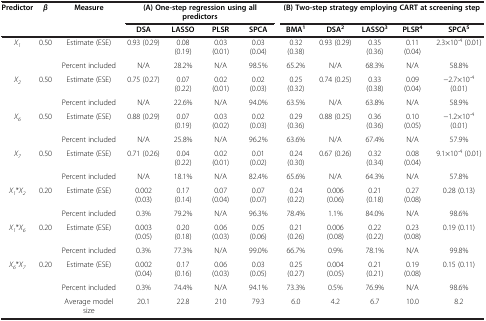
<table><thead><tr><td rowspan="2"><b>Predictor</b></td><td rowspan="2"><b><i>β</i></b></td><td rowspan="2"><b>Measure</b></td><td colspan="4"><b>(A) One-step regression using all predictors</b></td><td colspan="5"><b>(B) Two-step strategy employing CART at screeningstep</b></td></tr><tr><td><b>DSA</b></td><td><b>LASSO</b></td><td><b>PLSR</b></td><td><b>SPCA</b></td><td><b>BMA<sup>1</sup></b></td><td><b>DSA<sup>2</sup></b></td><td><b>LASSO<sup>3</sup></b></td><td><b>PLSR<sup>4</sup></b></td><td><b>SPCA<sup>5</sup></b></td></tr></thead><tbody><tr><td rowspan="2"><i>X</i><sub><i>1</i></sub></td><td rowspan="2">0.50</td><td>Estimate (ESE)</td><td>0.93 (0.29)</td><td>0.08 (0.19)</td><td>0.03 (0.01)</td><td>0.03 (0.04)</td><td>0.32 (0.38)</td><td>0.93 (0.29)</td><td>0.35 (0.36)</td><td>0.11 (0.04)</td><td>2.3×10<sup>-4</sup> (0.01)</td></tr><tr><td>Percent included</td><td>N/A</td><td>28.2%</td><td>N/A</td><td>98.5%</td><td>65.2%</td><td>N/A</td><td>68.3%</td><td>N/A</td><td>58.8%</td></tr><tr><td rowspan="2"><i>X</i><sub><i>2</i></sub></td><td rowspan="2">0.50</td><td>Estimate (ESE)</td><td>0.75 (0.27)</td><td>0.07 (0.22)</td><td>0.02 (0.01)</td><td>0.02 (0.03)</td><td>0.25 (0.32)</td><td>0.74 (0.25)</td><td>0.33 (0.38)</td><td>0.09 (0.04)</td><td>−2.7×10<sup>-4</sup> (0.01)</td></tr><tr><td>Percent included</td><td>N/A</td><td>22.6%</td><td>N/A</td><td>94.0%</td><td>63.5%</td><td>N/A</td><td>63.8%</td><td>N/A</td><td>58.9%</td></tr><tr><td rowspan="2"><i>X</i><sub><i>6</i></sub></td><td rowspan="2">0.50</td><td>Estimate (ESE)</td><td>0.88 (0.29)</td><td>0.07 (0.19)</td><td>0.03 (0.02)</td><td>0.02 (0.03)</td><td>0.29 (0.36)</td><td>0.88 (0.25)</td><td>0.36 (0.36)</td><td>0.10 (0.05)</td><td>−1.2×10<sup>-4</sup> (0.01)</td></tr><tr><td>Percent included</td><td>N/A</td><td>25.8%</td><td>N/A</td><td>96.2%</td><td>63.6%</td><td>N/A</td><td>67.4%</td><td>N/A</td><td>57.9%</td></tr><tr><td rowspan="2"><i>X</i><sub><i>7</i></sub></td><td rowspan="2">0.50</td><td>Estimate (ESE)</td><td>0.71 (0.26)</td><td>0.04 (0.22)</td><td>0.02 (0.01)</td><td>0.01 (0.02)</td><td>0.24 (0.30)</td><td>0.67 (0.26)</td><td>0.32 (0.34)</td><td>0.08 (0.04)</td><td>9.1×10<sup>-4</sup> (0.01)</td></tr><tr><td>Percent included</td><td>N/A</td><td>18.1%</td><td>N/A</td><td>82.4%</td><td>65.6%</td><td>N/A</td><td>64.3%</td><td>N/A</td><td>57.8%</td></tr><tr><td rowspan="2"><i>X</i><sub><i>1</i></sub>*<i>X</i><sub><i>2</i></sub></td><td rowspan="2">0.20</td><td>Estimate (ESE)</td><td>0.002 (0.03)</td><td>0.17 (0.14)</td><td>0.07 (0.04)</td><td>0.07 (0.07)</td><td>0.24 (0.22)</td><td>0.006 (0.06)</td><td>0.21 (0.18)</td><td>0.27 (0.08)</td><td>0.28 (0.13)</td></tr><tr><td>Percent included</td><td>0.3%</td><td>79.2%</td><td>N/A</td><td>96.3%</td><td>78.4%</td><td>1.1%</td><td>84.0%</td><td>N/A</td><td>98.6%</td></tr><tr><td rowspan="2"><i>X</i><sub><i>1</i></sub>*<i>X</i><sub><i>6</i></sub></td><td rowspan="2">0.20</td><td>Estimate (ESE)</td><td>0.003 (0.05)</td><td>0.20 (0.18)</td><td>0.06 (0.03)</td><td>0.05 (0.06)</td><td>0.21 (0.26)</td><td>0.006 (0.08)</td><td>0.22 (0.22)</td><td>0.23 (0.08)</td><td>0.19 (0.11)</td></tr><tr><td>Percent included</td><td>0.3%</td><td>77.3%</td><td>N/A</td><td>99.0%</td><td>66.7%</td><td>0.9%</td><td>78.1%</td><td>N/A</td><td>99.8%</td></tr><tr><td rowspan="2"><i>X</i><sub><i>6</i></sub>*<i>X</i><sub><i>7</i></sub></td><td rowspan="2">0.20</td><td>Estimate (ESE)</td><td>0.002 (0.04)</td><td>0.17 (0.16)</td><td>0.06 (0.03)</td><td>0.03 (0.05)</td><td>0.25 (0.27)</td><td>0.004 (0.05)</td><td>0.21 (0.21)</td><td>0.19 (0.08)</td><td>0.15 (0.11)</td></tr><tr><td>Percent included</td><td>0.3%</td><td>74.4%</td><td>N/A</td><td>94.1%</td><td>73.3%</td><td>0.5%</td><td>76.9%</td><td>N/A</td><td>98.6%</td></tr><tr><td colspan="2"> </td><td>Average model size</td><td>20.1</td><td>22.8</td><td>210</td><td>79.3</td><td>6.0</td><td>4.2</td><td>6.7</td><td>10.0</td><td>8.2</td></tr></tbody></table>